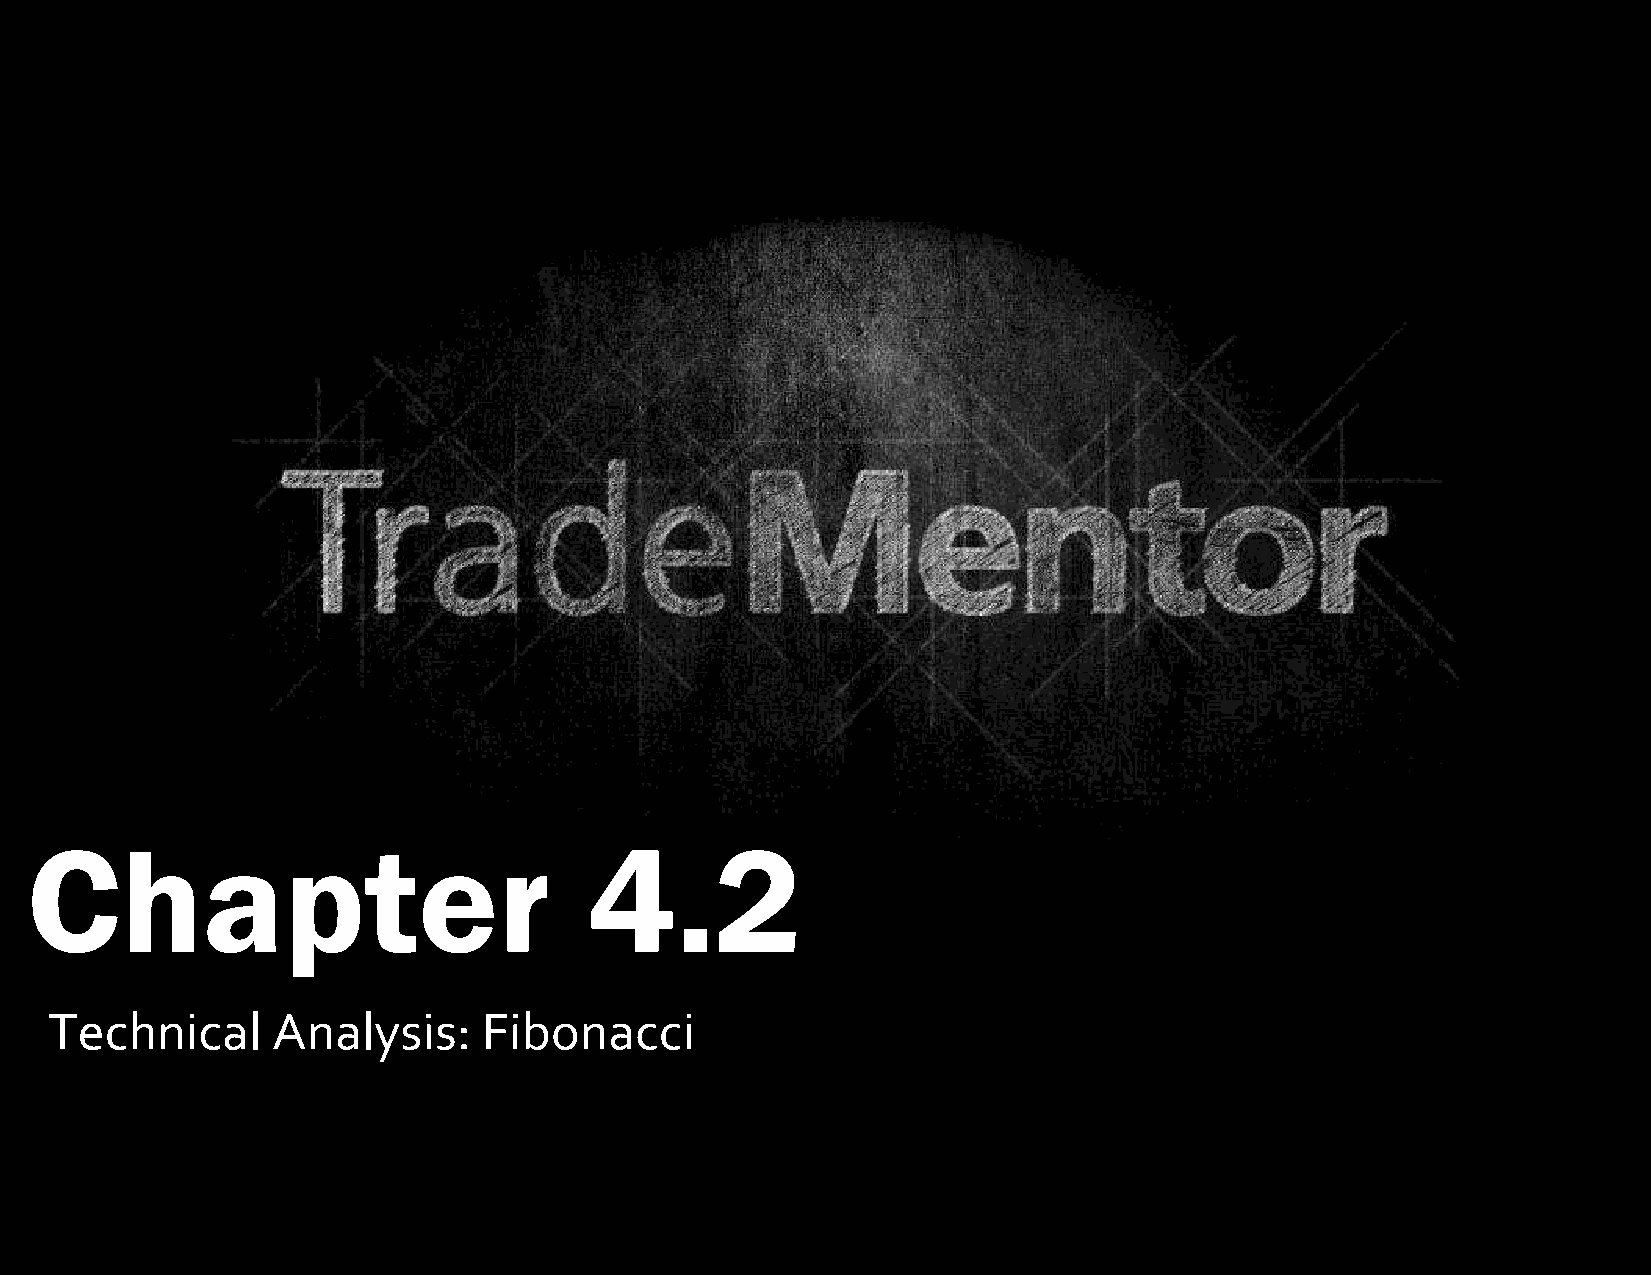
1
 Chapter                              4.2
 Technical      Analysis:     Fibonacci
 0